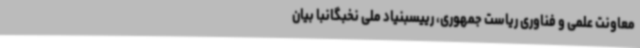
معاونت علمی و فناوری ریاست ‌جمهوری،‌ رییسبنیاد ملی نخبگانبا بیان